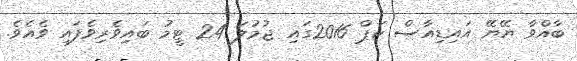
ބާއްވާ ޔޭޔޭ އައިޑިއާސް ކަޕް 2016ގައި ޖުމުލަ 24 ޓީމު ބައިވެރިވެފައި ވެއެވެ.